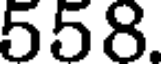
558.